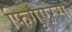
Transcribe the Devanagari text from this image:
फिगुएरेस